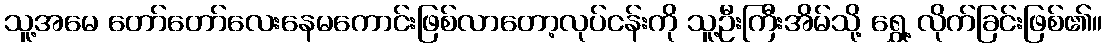
သူ့အမေ တော်တော်လေးနေမကောင်းဖြစ်လာတော့လုပ်ငန်းကို သူ့ဦးကြီးအိမ်သို့ ရွှေ့ လိုက်ခြင်းဖြစ်၏။